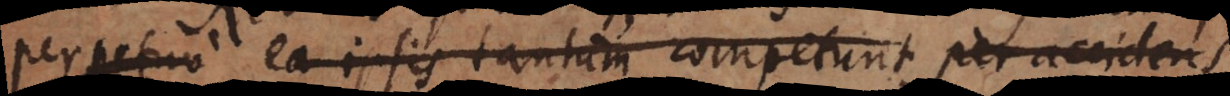
perpetuo, ea ipsis tantum competunt per accidens